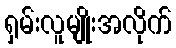
ရှမ်းလူမျိုးအလိုက်